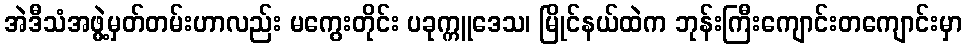
အဲဒီသံအဖွဲ့မှတ်တမ်းဟာလည်း မကွေးတိုင်း ပခုက္ကူဒေသ၊ မြိုင်နယ်ထဲက ဘုန်းကြီးကျောင်းတကျောင်းမှာ